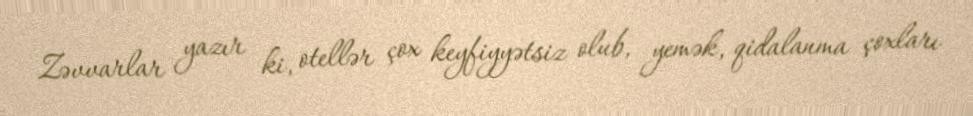
Zəvvarlar yazır ki, otellər çox keyfiyyətsiz olub, yemək, qidalanma çoxları